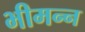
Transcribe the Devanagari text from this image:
भीमन्‍न